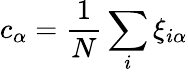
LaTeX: c_{\alpha}=\frac{1}{N}\sum_{i}\xi_{i\alpha}